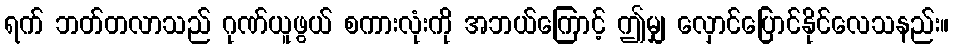
ရက် ဘတ်တလာသည် ဂုဏ်ယူဖွယ် စကားလုံးကို အဘယ်ကြောင့် ဤမျှ လှောင်ပြောင်နိုင်လေသနည်း။